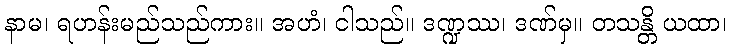
နာမ၊ ရဟန်းမည်သည်ကား။ အဟံ၊ ငါသည်။ ဒဏ္ဍဿ၊ ဒဏ်မှ။ တသန္တိ ယထာ၊